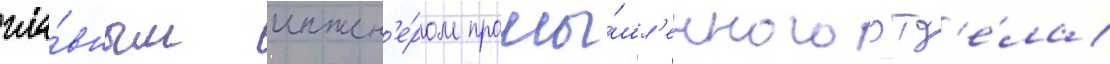
гла́вным инжен'е́ром промы́шл'енного отд'е́ла